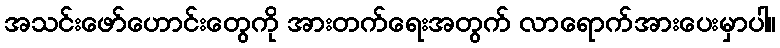
အသင်းဖော်ဟောင်းတွေကို အားတက်ရေးအတွက် လာရောက်အားပေးမှာပါ။